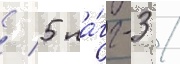
/ 5 ла́гг-3 /